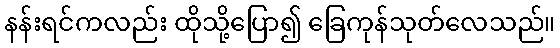
နန်းရင်ကလည်း ထိုသို့ပြော၍ ခြေကုန်သုတ်လေသည်။